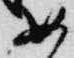
如